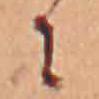
に